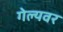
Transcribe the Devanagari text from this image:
गेल्यवर